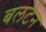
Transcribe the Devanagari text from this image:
बलर्टन